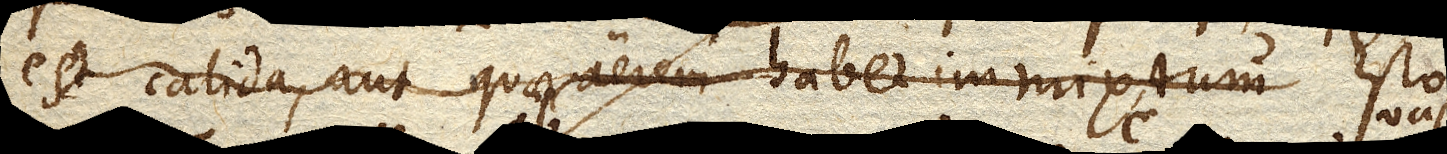
est calida, aut quae aerem habet immixtum Esto